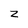
Character: z